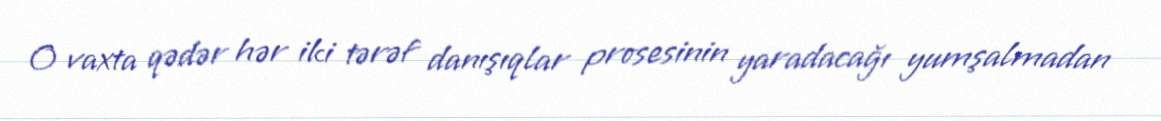
O vaxta qədər hər iki tərəf danışıqlar prosesinin yaradacağı yumşalmadan